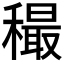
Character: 穝